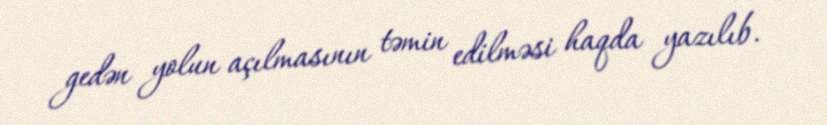
gedən yolun açılmasının təmin edilməsi haqda yazılıb.